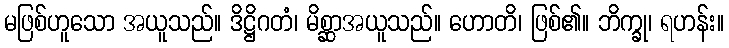
မဖြစ်ဟူသော အယူသည်။ ဒိဋ္ဌိဂတံ၊ မိစ္ဆာအယူသည်။ ဟောတိ၊ ဖြစ်၏။ ဘိက္ခု၊ ရဟန်း။